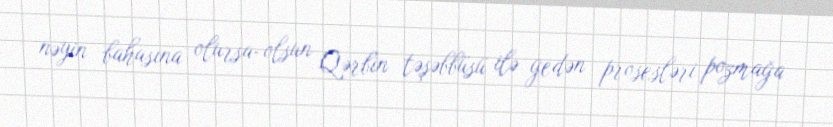
nəyin bahasına olursa-olsun Qərbin təşəbbüsü ilə gedən prosesləri pozmağa